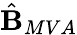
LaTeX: \hat{\textbf{B}}_{MVA}